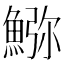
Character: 𩸹